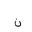
Letter: _non